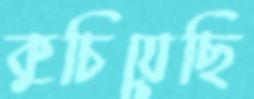
কুচিয়েছি